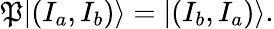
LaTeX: \mathfrak{P}|(I_{a},I_{b})\rangle=|(I_{b},I_{a})\rangle.